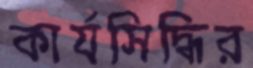
কার্যসিদ্ধির